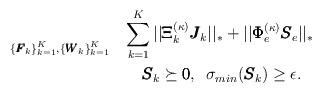
LaTeX: \begin{align*} \underset{\left\{\pmb{F}_k\right\}_{k=1}^K,\left\{\pmb{W}_k\right\}_{k=1}^{K}}{} &\,\,\,\,\,\sum\limits_{k=1}^K||\pmb{\Xi}_k^{(\kappa)}\pmb{J}_k||_{*} +||\pmb{\Phi}_e^{(\kappa)}\pmb{S}_e||_{*}\\ \,\,\,\,\,&\qquad\pmb{S}_k \succeq \pmb{0},\,\,\, \sigma_{min}(\pmb{S}_k) \geq \epsilon.\end{align*}